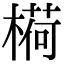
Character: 𬄋